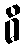
ဓိ